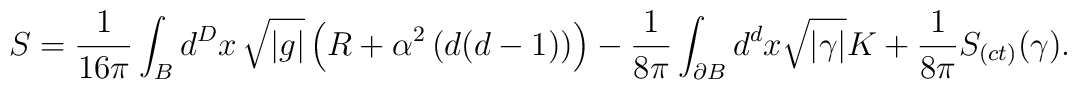
S=\frac{1}{16\pi}\int_{B}d^{D}x\,\sqrt{|g|}\left(R+\alpha^{2}\left(d(d-1)\right)\right) -\frac{1}{8\pi}\int_{\partial{B}}d^{d}x\sqrt{|\gamma|}K+\frac{1}{8\pi}S_{(ct)}(\gamma).